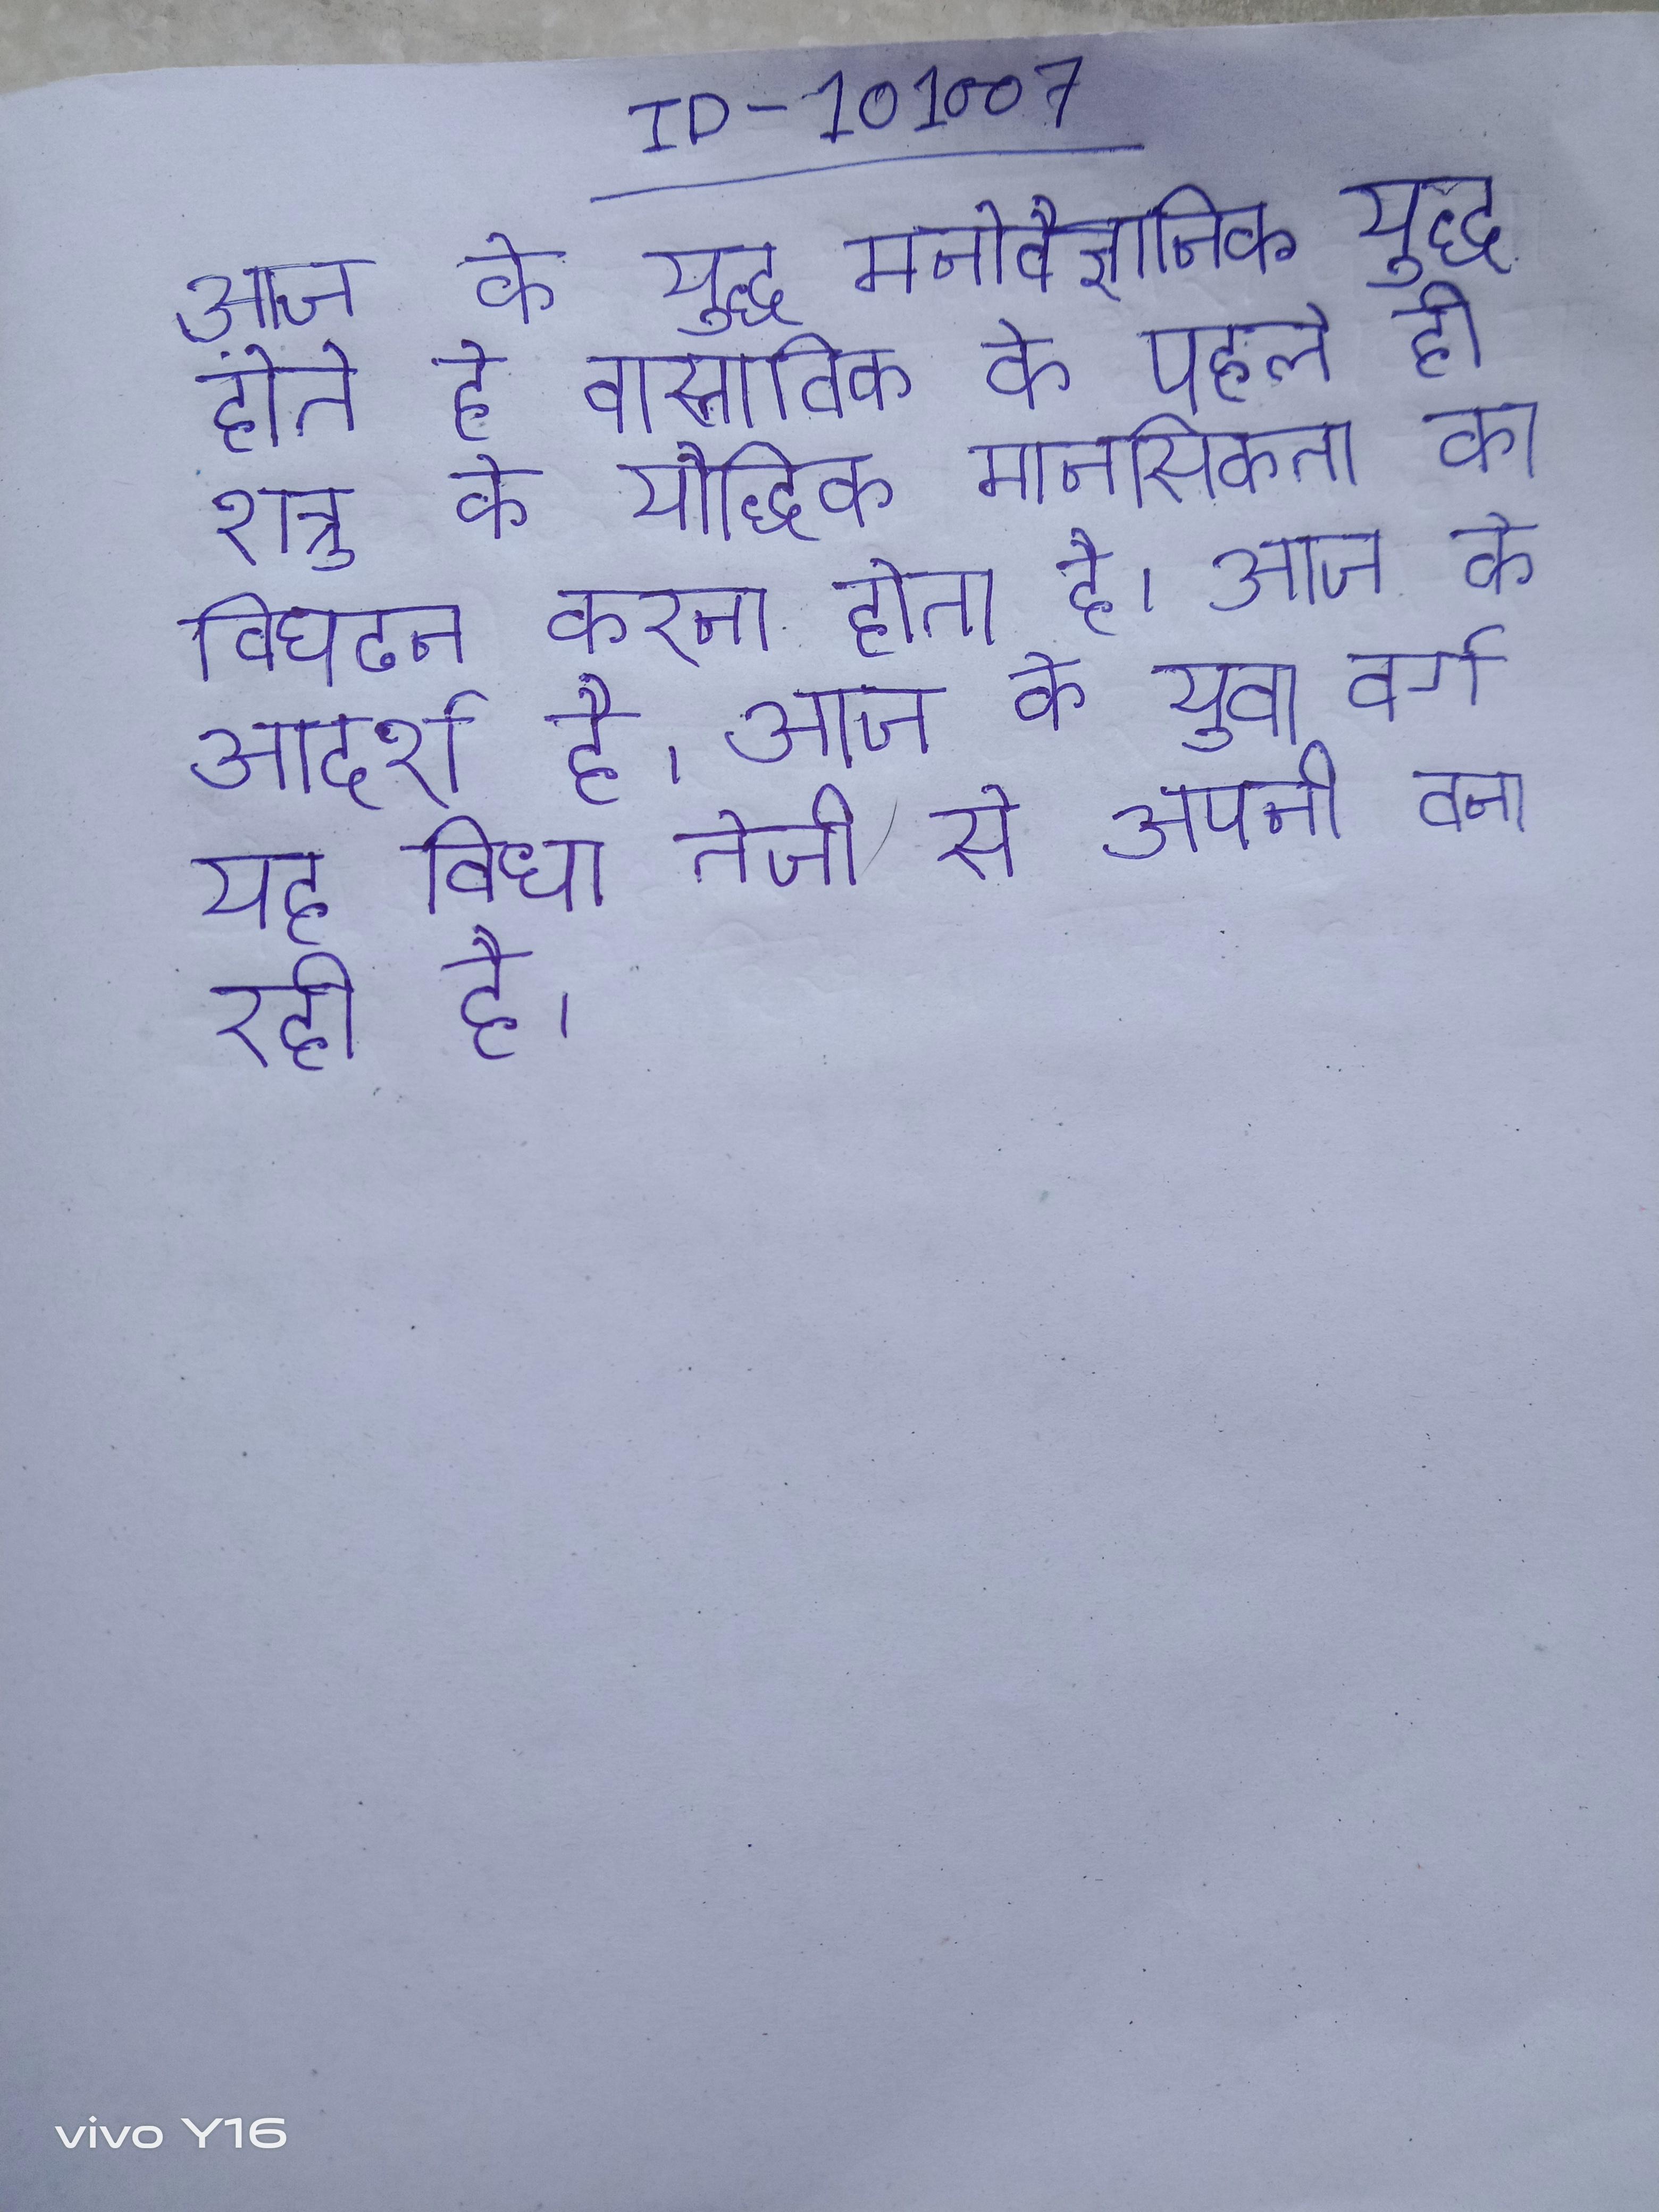
आज के युद्ध मनोवैज्ञानिक युद्ध होते है वास्तविक के पहले ही शत्रु के यौद्धिक मानसिकता का विघटन करना होता है । आज के के लिये इस का जीवन एक आदर्श है । आज के युवा वर्ग यह विधा तेजी से अपनी बना रही है ।